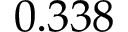
{ 0 . 3 3 8 }